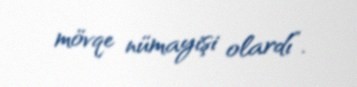
mövqe nümayişi olardı”.